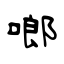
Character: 啷